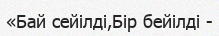
«Бай сейілді,Бір бейілді -